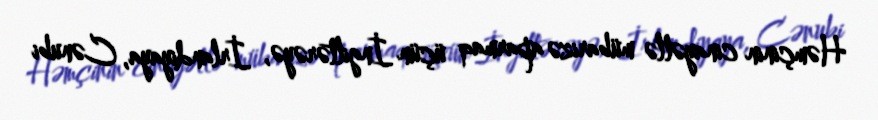
Həmçinin cinayətlə mübarizə aparmaq üçün İngiltərəyə, İrlandiyaya, Cənubi